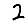
Digit: 2